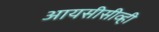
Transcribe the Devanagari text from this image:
आयसीसीव्ही